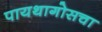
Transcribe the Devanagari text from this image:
पायथागोसचा